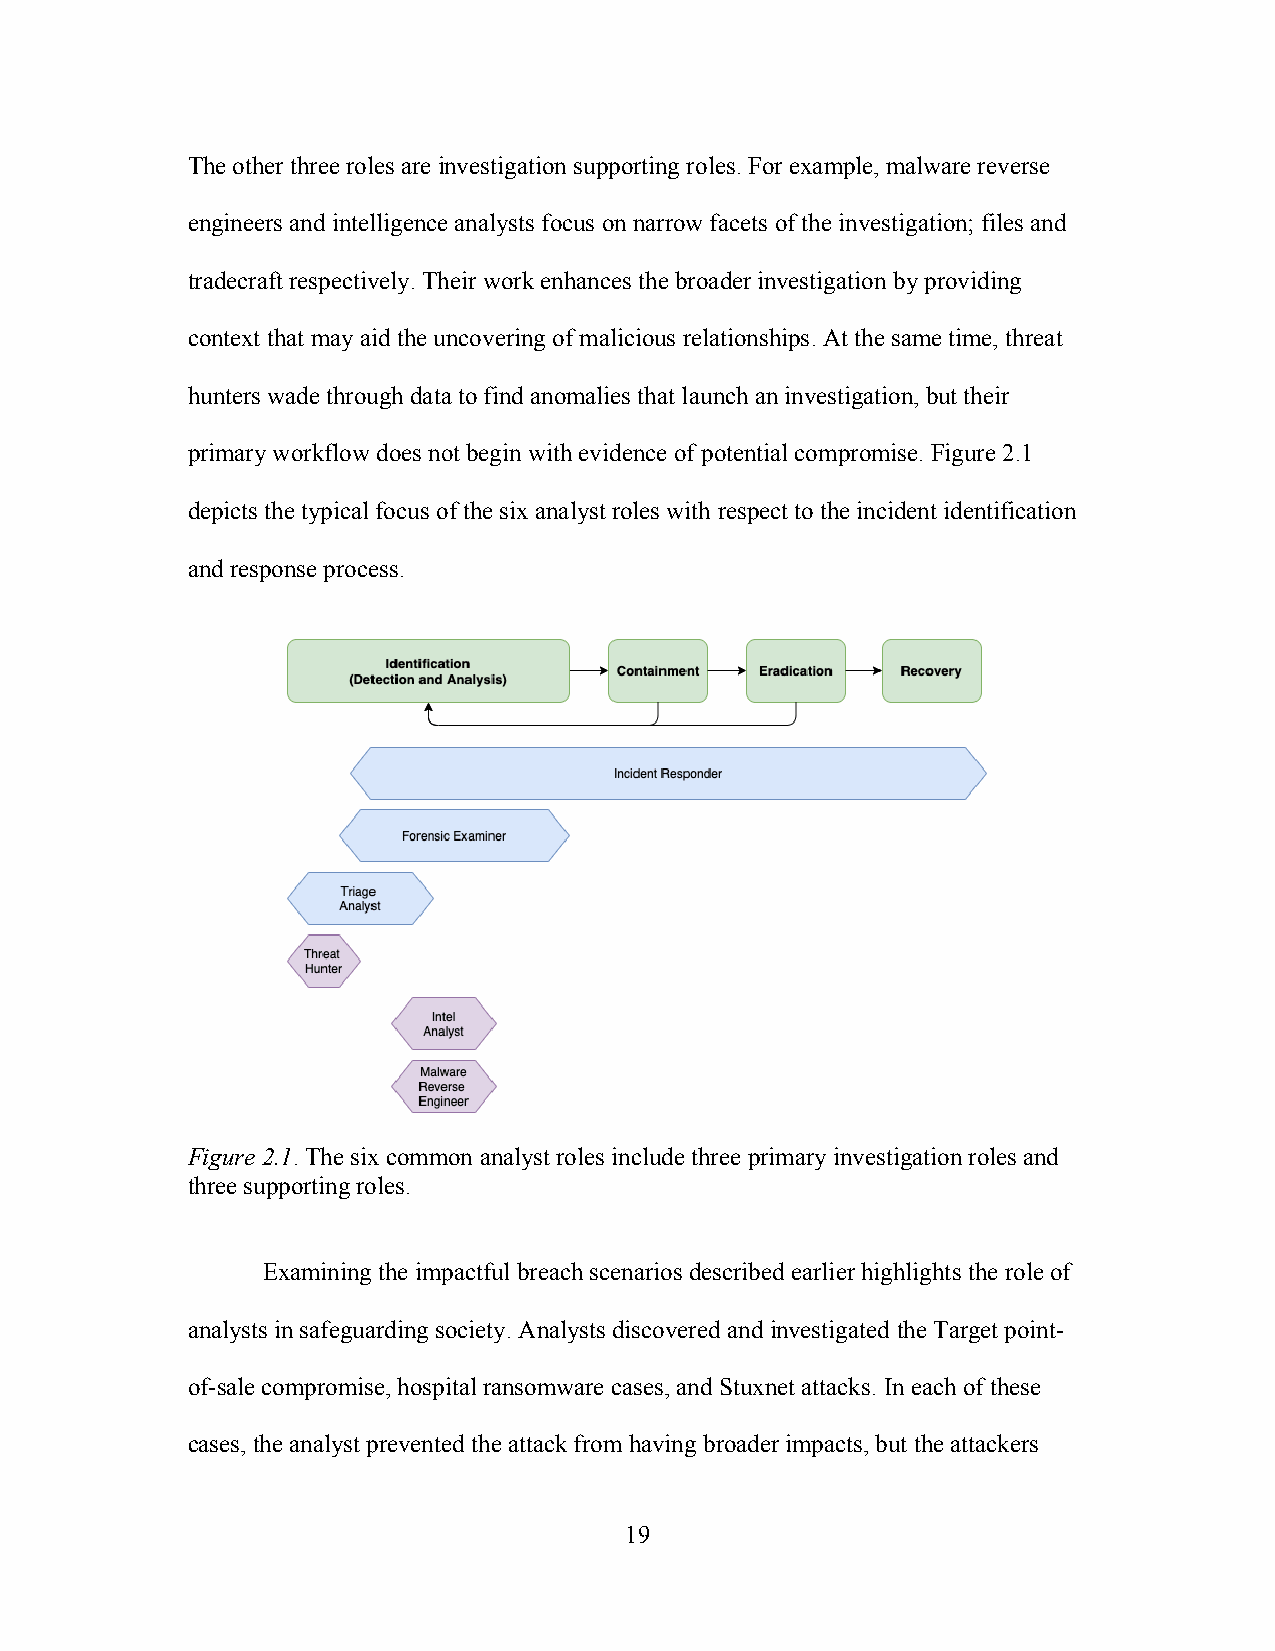
The other three roles are investigation supporting roles. For example, malware reverse
 engineers and intelligence analysts focus on narrow facets of the investigation; files and
 tradecraft respectively. Their work enhances the broader investigation by providing
 context that may aid the uncovering of malicious relationships. At the same time, threat
 hunters wade through data to find anomalies that launch an investigation, but their
 primary workflow does not begin with evidence of potential compromise. Figure 2.1
 depicts the typical focus of the six analyst roles with respect to the incident identification
 and response process.
 Figure 2.1. The six common analyst roles include three primary investigation roles and
 three supporting roles.
 Examining the impactful breach scenarios described earlier highlights the role of
 analysts in safeguarding society. Analysts discovered and investigated the Target point-
 of-sale compromise, hospital ransomware cases, and Stuxnet attacks. In each of these
 cases, the analyst prevented the attack from having broader impacts, but the attackers
 19